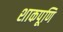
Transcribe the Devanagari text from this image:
शाकपूणि